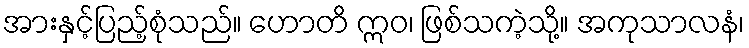
အားနှင့်ပြည့်စုံသည်။ ဟောတိ ဣဝ၊ ဖြစ်သကဲ့သို့။ အကုသာလနံ၊